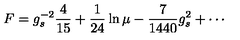
F = g _ { s } ^ { - 2 } { \frac { 4 } { 1 5 } } + { \frac { 1 } { 2 4 } } \ln \mu - { \frac { 7 } { 1 4 4 0 } } { g _ { s } ^ { 2 } } + \cdots